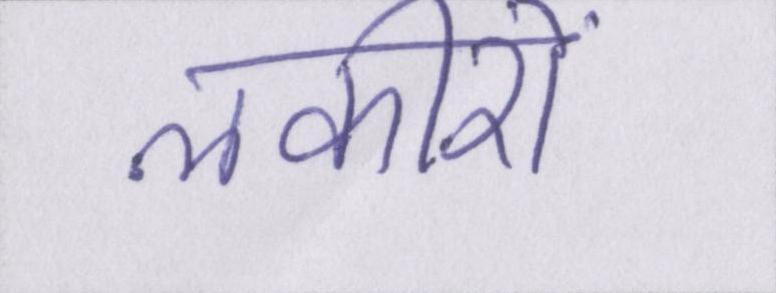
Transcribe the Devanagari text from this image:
लकीरों